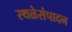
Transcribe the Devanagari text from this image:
स्थळेसंपादन